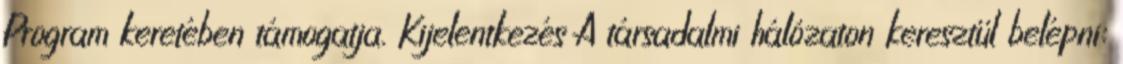
Program keretében támogatja. Kijelentkezés A társadalmi hálózaton keresztül belépni: